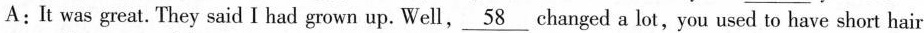
A:It was great. They said I had grown up. Well,\underline{58}changed a lot,you used to have short hair